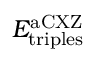
E _ { \mathrm { t r i p l e s } } ^ { \mathrm { a C X Z } }